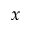
_ x